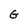
Character: G